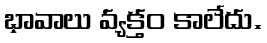
భావాలు వ్యక్తం కాలేదు.